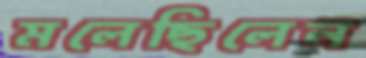
মলেছিলেন